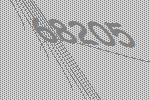
68205